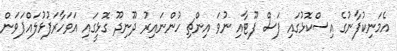
އެމަނިކުފާނުގެ އިސްކޮޅުގައި ފަސް ފޫޓާއި ނުވަ އިންޗި ހުންނައިރު ދޫނިދޫ ގޮޅީގައި އަވަހާރަފުޅުލައްޕަވަން